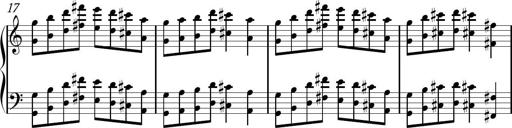
Title: Sonhatina
Composer: Davi Rocha
Key: C major